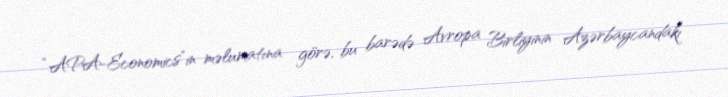
“APA-Economics”in məlumatına görə, bu barədə Avropa Birliyinin Azərbaycandakı